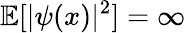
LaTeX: {\mathbb{E}}[|\psi({x})|^{2}]=\infty